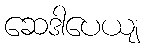
ဆေဒါပေယျ